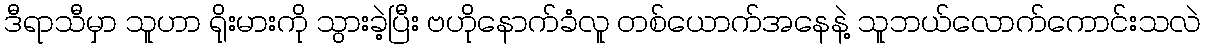
ဒီရာသီမှာ သူဟာ ရိုးမားကို သွားခဲ့ပြီး ဗဟိုနောက်ခံလူ တစ်ယောက်အနေနဲ့ သူဘယ်လောက်ကောင်းသလဲ